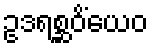
ဥဒရစ္ဆဝိံယေဝ